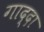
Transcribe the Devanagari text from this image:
गाद्दा